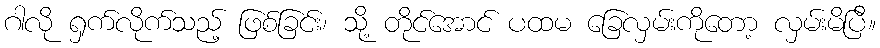
ဂါလို ရှက်လိုက်သည့် ဖြစ်ခြင်း၊ သို့ တိုင်အောင် ပထမ ခြေလှမ်းကိုတော့ လှမ်းမိပြီ။